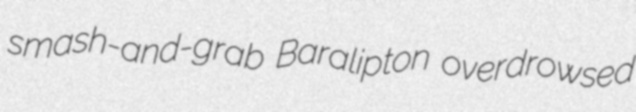
smash-and-grab Baralipton overdrowsed